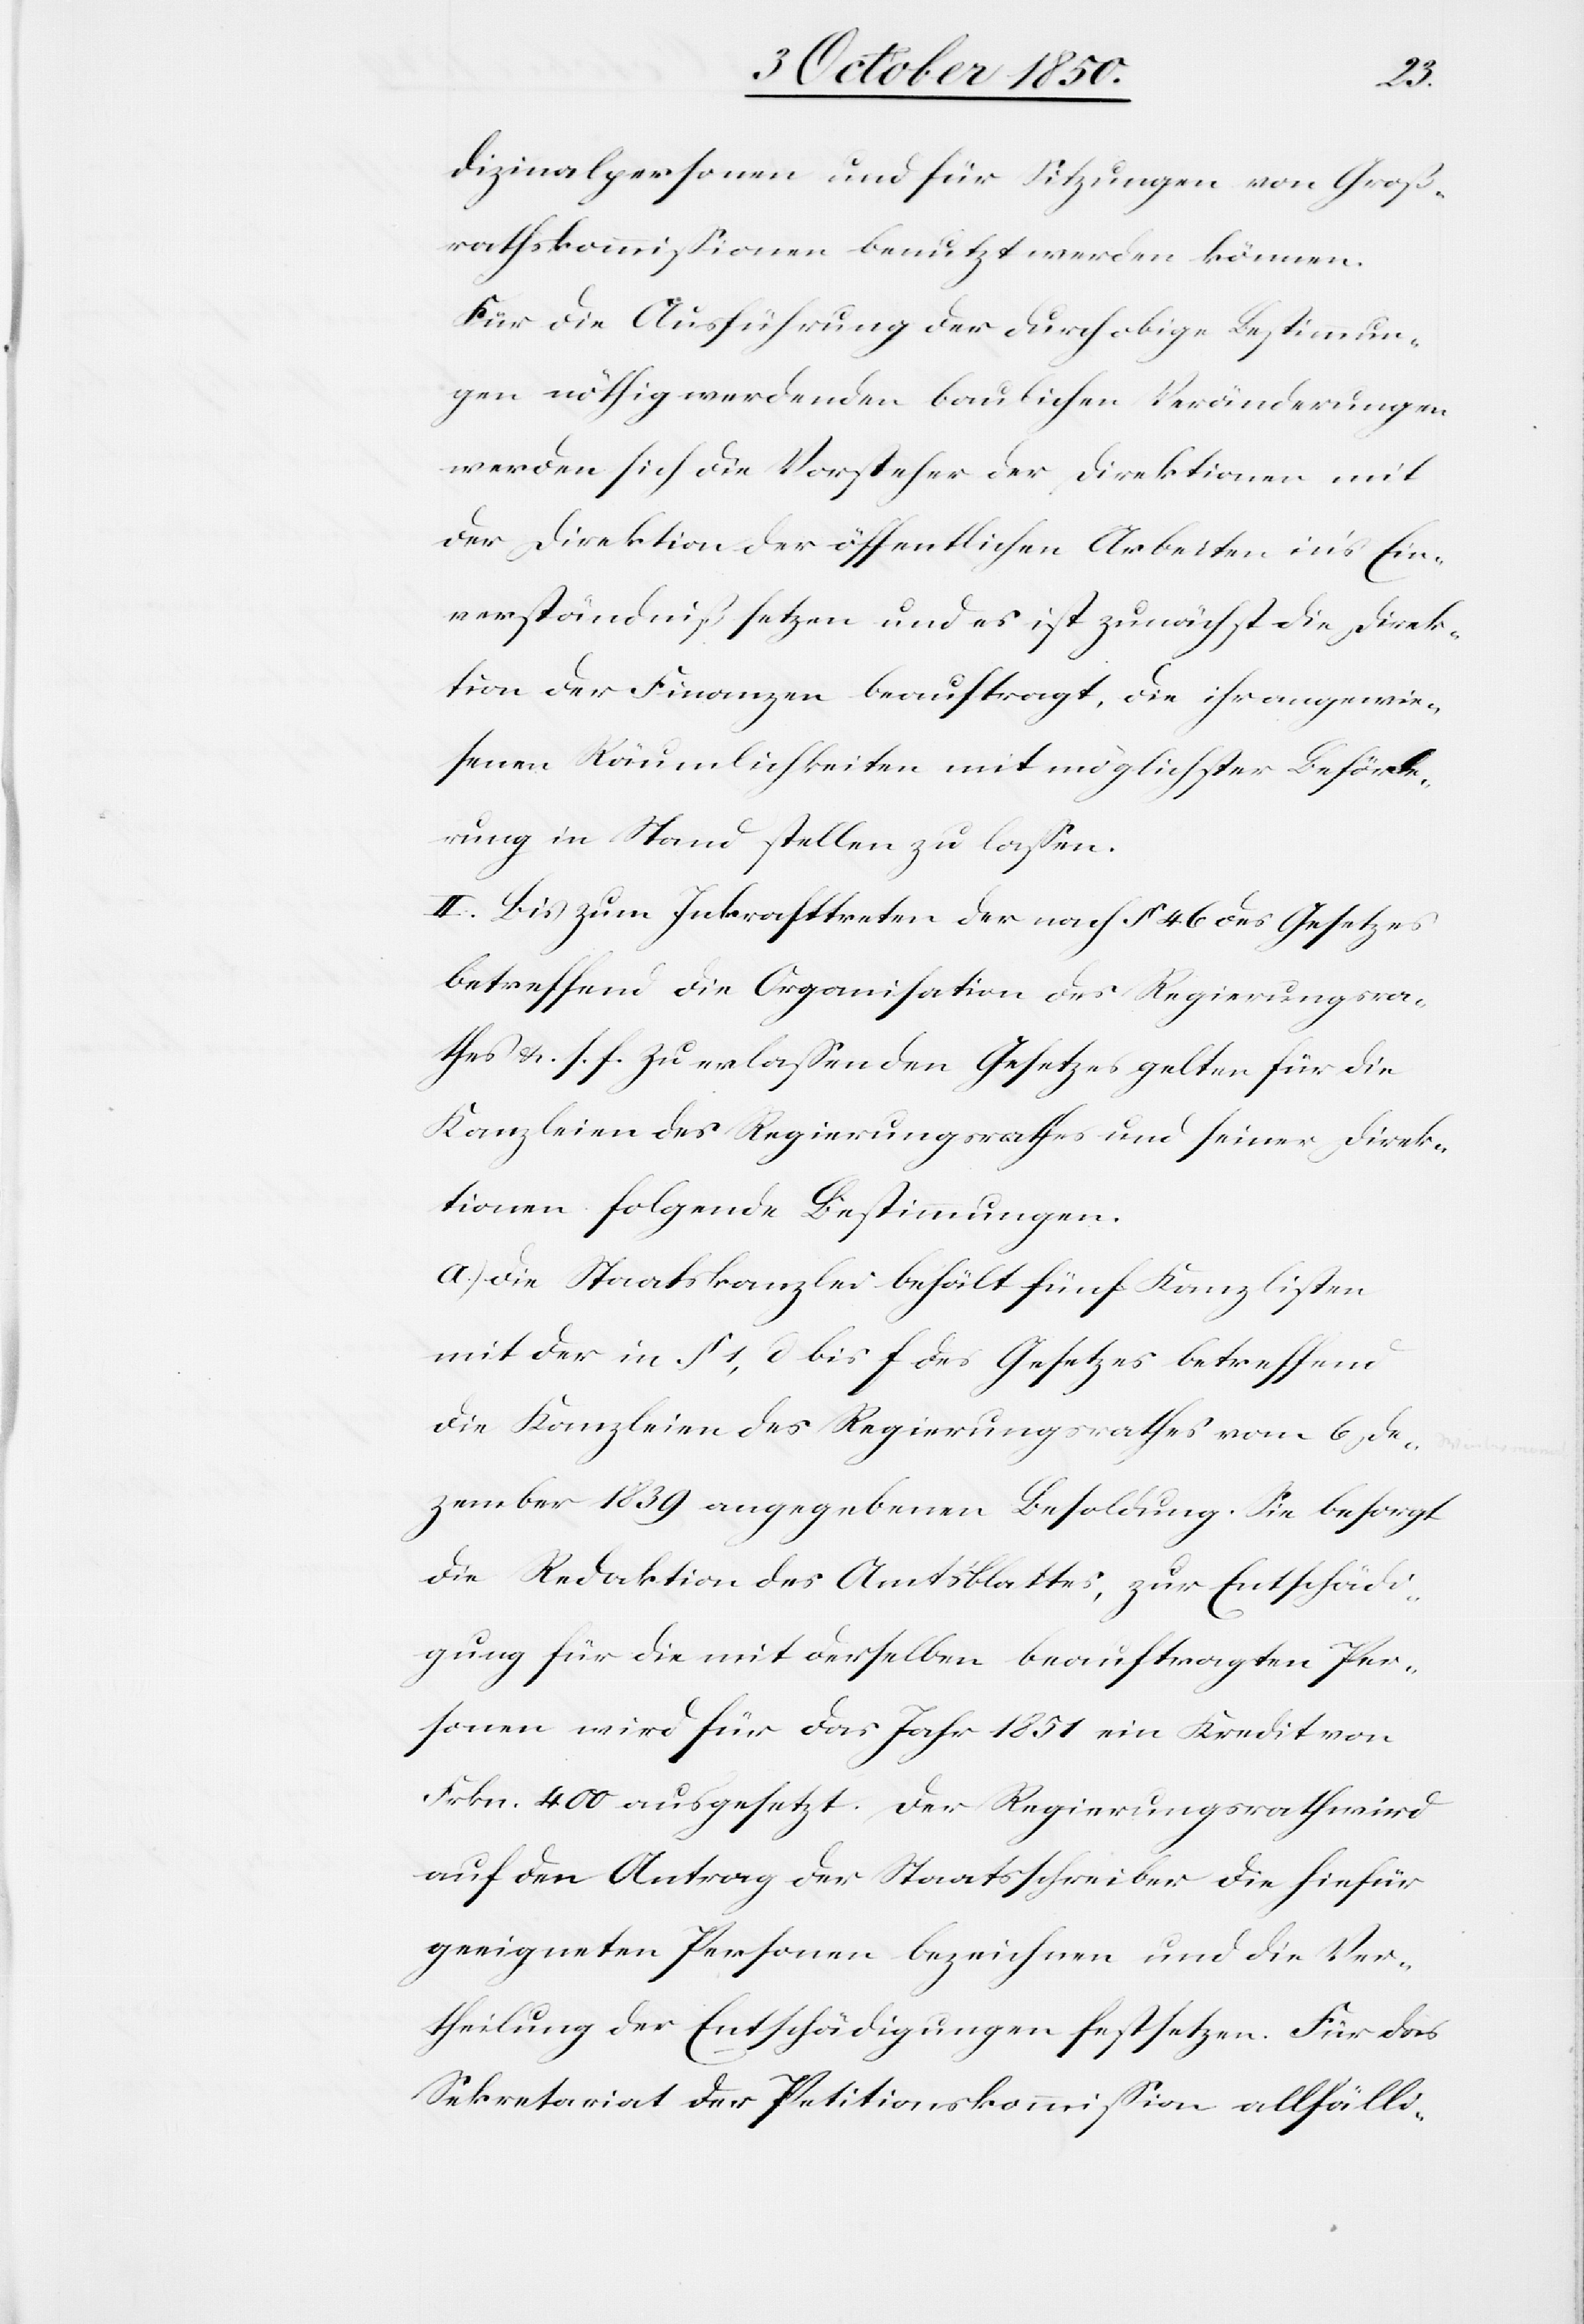
dizinalpersonen und für Sitzungen von Groß¬
rathskommissionen benutzt werden können.
Für die Ausführung der durch obige Bestimmun¬
gen nöthig werdenden baulichen Veränderungen
werden sich die Vorsteher der Direktionen mit
der Direktion der öffentlichen Arbeiten in’s Ein¬
verständniß setzen und es ist zunächst die Direk¬
tion der Finanzen beauftragt, die ihr angewie¬
senen Räumlichkeiten mit möglichster Beförde¬
rung in Stand stellen zu lassen.
II. Bis zum Inkrafttreten der nach § 46 des Gesetzes
betreffend die Organisation des Regierungsra¬
thes & s. f. zu erlassenden Gesetzes gelten für die
Kanzleien des Regierungsrathes und seiner Direk¬
tionen folgende Bestimmungen.
a.) Die Staatskanzlei behält fünf Kanzlisten
mit der in § 1, d bis f des Gesetzes betreffend
die Kanzleien des Regierungsrathes vom 6 De¬
zember 1839 angegebenen Besoldung. Sie besorgt
die Redaktion des Amtsblattes, zur Entschädi¬
gung für die mit derselben beauftragten Per¬
sonen wird für das Jahr 1851 ein Kredit von
Frkn. 400 ausgesetzt. Der Regierungsrath wird
auf den Antrag der Staatsschreiber die hiefür
geeigneten Personen bezeichnen und die Ver¬
theilung der Entschädigungen festsetzen. Für das
Sekretariat der Petitionskommission allfälli-